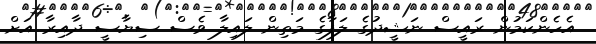
އެހެންކަމުން ރައީސް ނަޝީދުގެ ލަފާގެ މަތިން ލައިލާ ވެސް ސިޔާސީ ދާއިރާ އަށް